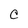
Character: C